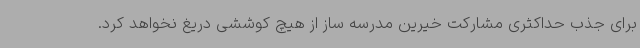
برای جذب حداکثری مشارکت خیرین مدرسه ساز از هیچ کوششی دریغ نخواهد کرد.